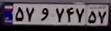
۵۷و۷۴۷۵۷